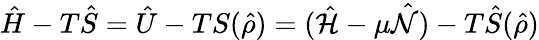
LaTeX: \hat{H}-T\hat{S}=\hat{U}-TS(\hat{\rho})=(\hat{\mathcal{H}}-\mu\hat{\mathcal{N}})-T\hat{S}(\hat{\rho})